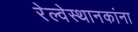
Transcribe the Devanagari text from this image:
रेल्वेस्थानकांना